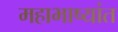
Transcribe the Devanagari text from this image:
महाभाष्यांत